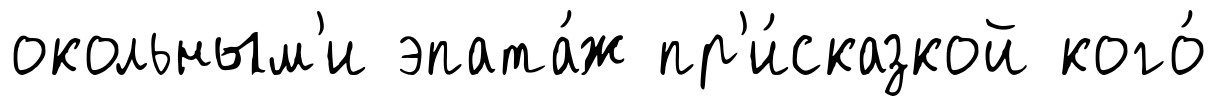
окольным'и эпата́ж пр'и́сказкой кого́